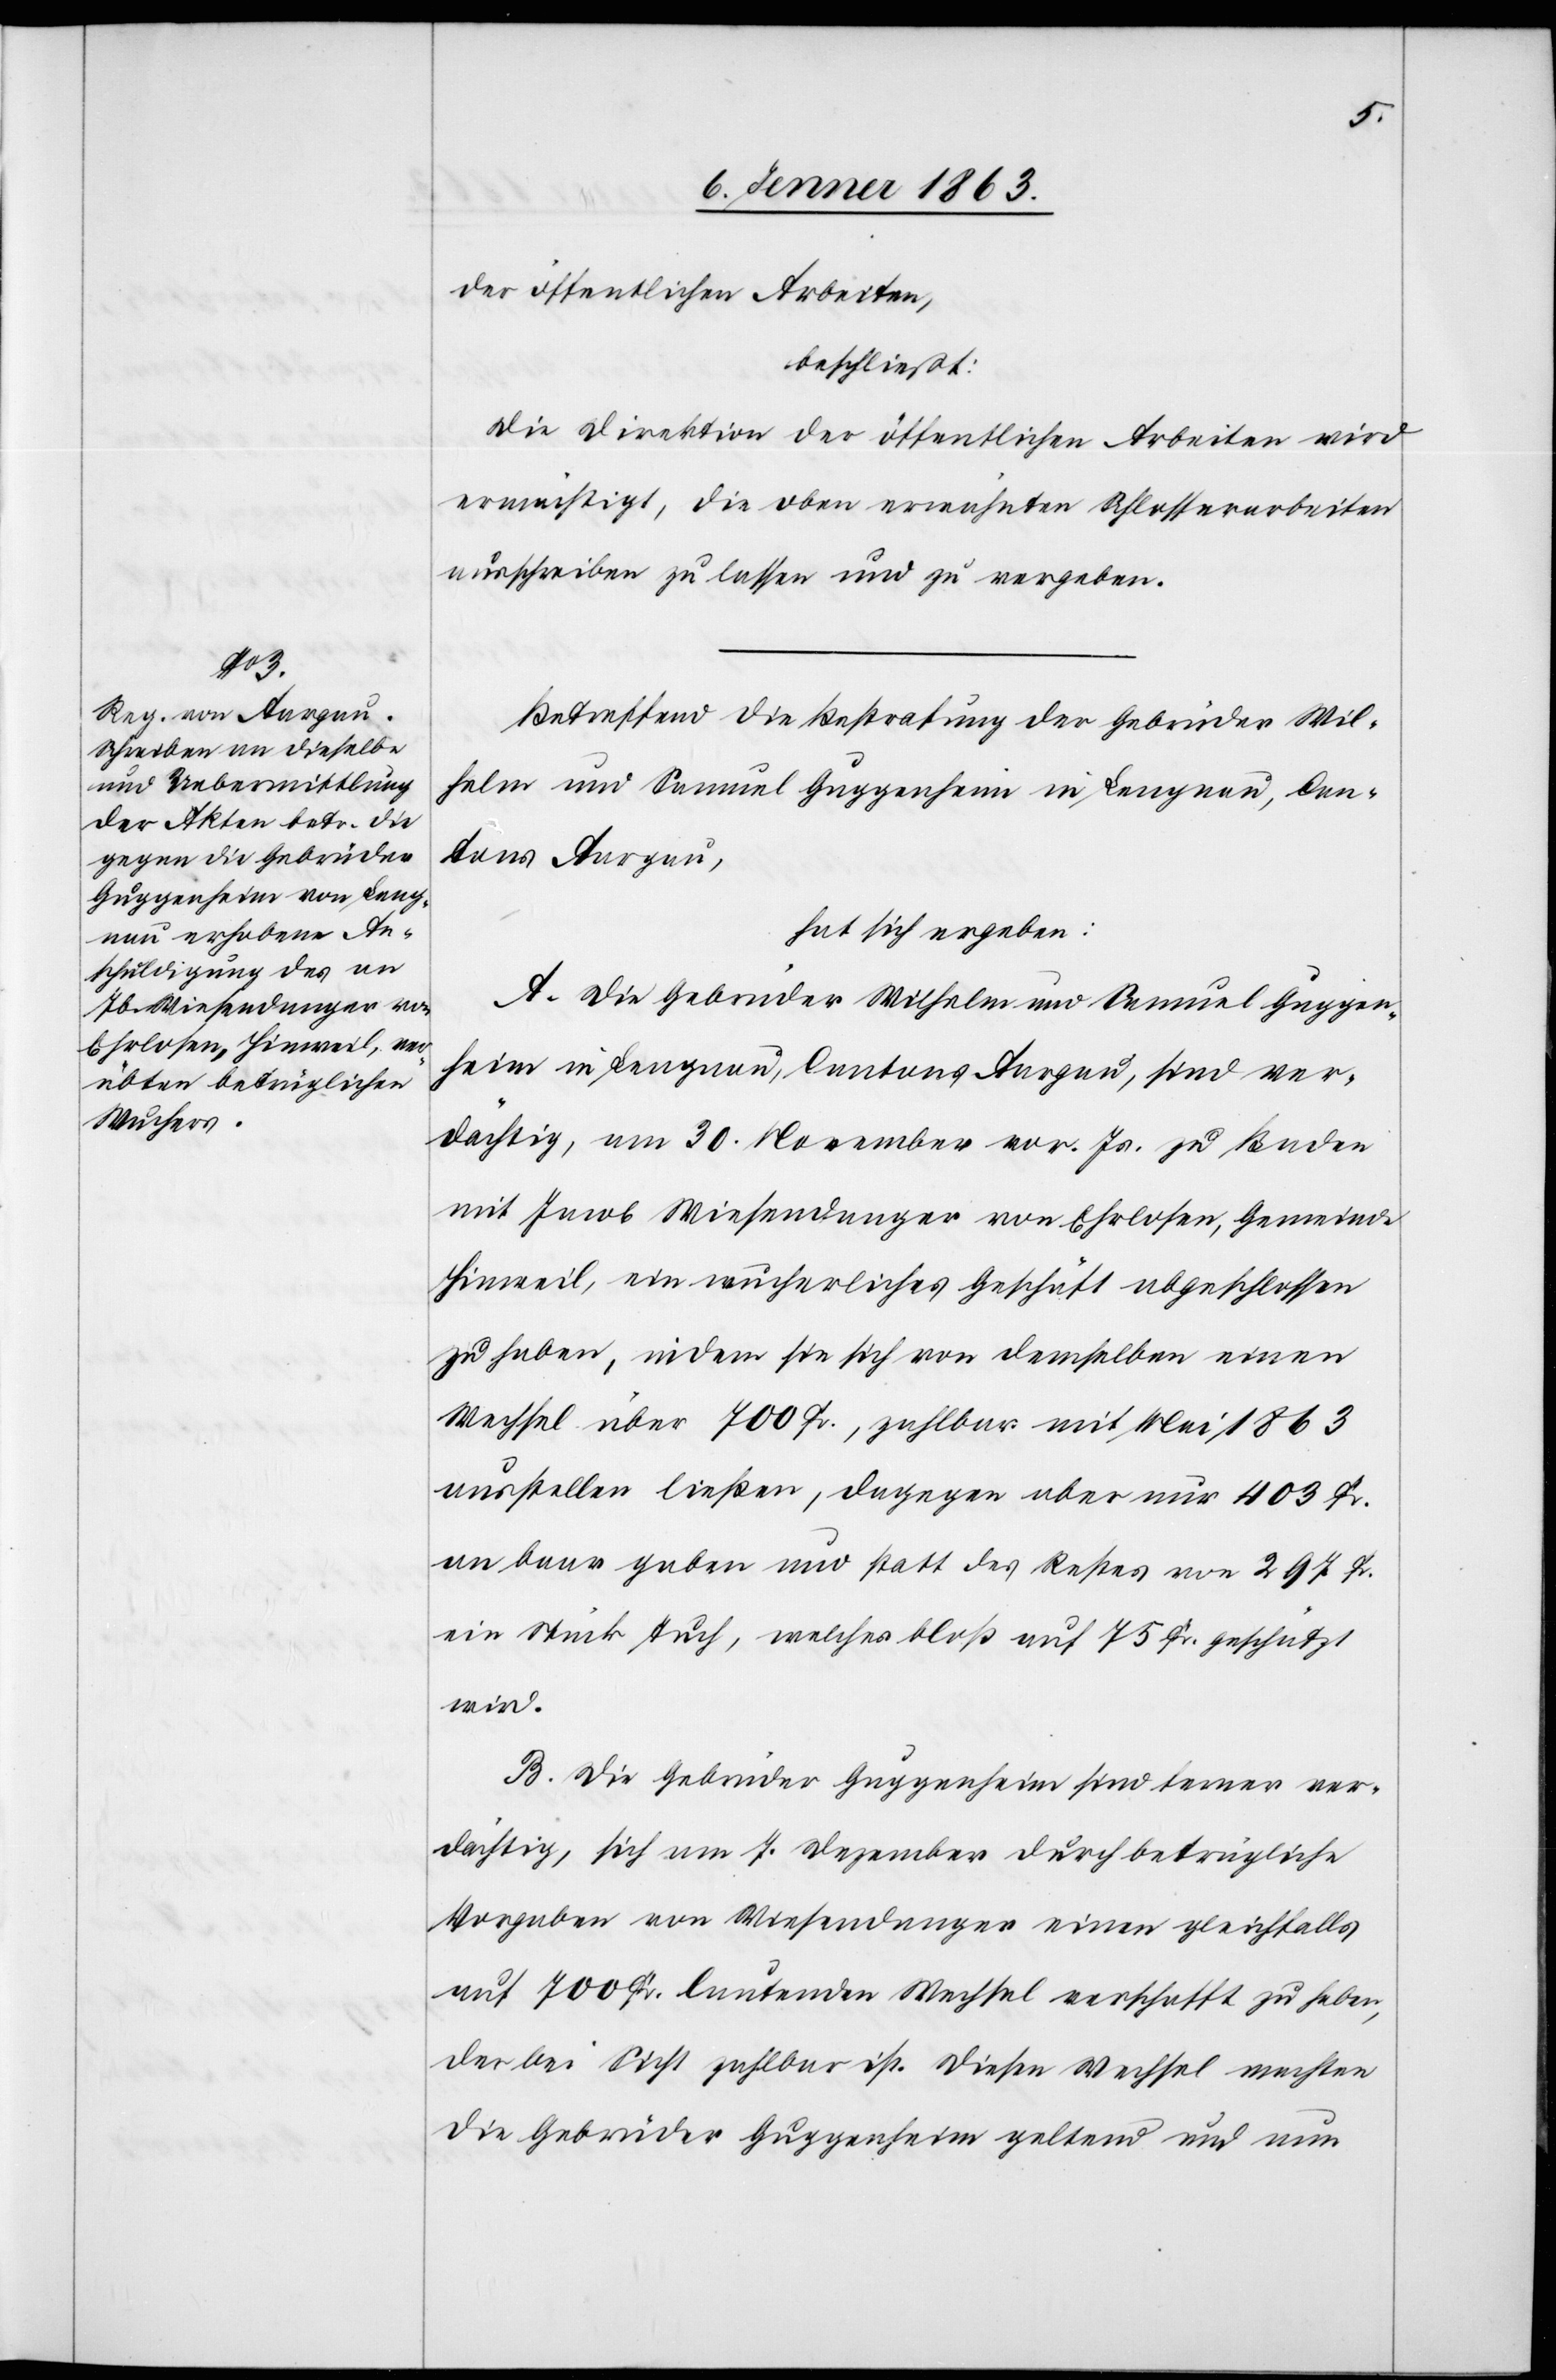
der öffentlichen Arbeiten,
beschließt:
Die Direktion der öffentlichen Arbeiten wird
ermächtigt, die oben erwähnten Schlosserarbeiten
ausschreiben zu lassen und zu vergeben.
Betreffend die Bestrafung der Gebrüder Wil¬
helm und Samuel Guggenheim in Lengnau, Can¬
tons Aargau,
hat sich ergeben:
A. Die Gebrüder Wilhelm und Samuel Guggen¬
heim in Lengnau, Cantons Aargau, sind ver¬
dächtig, am 30. November vor. Js. zu Baden
mit Jacob Wiesendanger von Ehrlosen, Gemeinde
Hinweil, ein wucherliches Geschäft abgeschlossen
zu haben, indem sie sich von demselben einen
Wechsel über 700 Fr., zahlbar mit Mai 1863
ausstellen ließen, dagegen aber nur 403 Fr.
an baar gaben und statt des Restes von 297 Fr.
ein Stück Tuch, welches bloß auf 75 Fr. geschätzt
wird.
B. Die Gebrüder Guggenheim sind ferner ver¬
dächtig, sich am 7. Dezember durch betrügliche
Vorgaben von Wiesendanger einen gleichfalls
auf 700 Fr. lautenden Wechsel verschafft zu haben,
der bei Sicht zahlbar ist. Diesen Wechsel machten
die Gebrüder Guggenheim geltend und nun